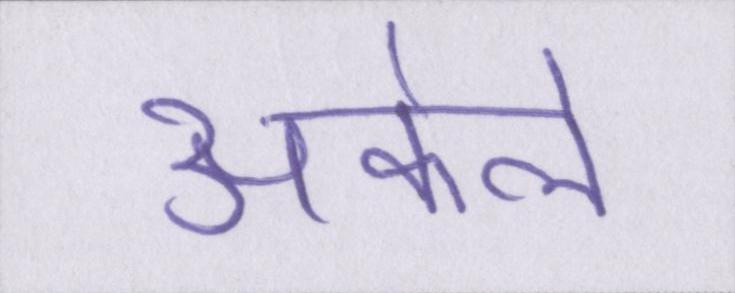
अकेले